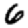
Digit: 6